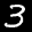
Label: 3